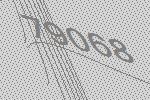
79068